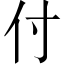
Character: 付